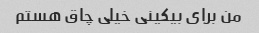
من برای بیکینی خیلی چاق هستم